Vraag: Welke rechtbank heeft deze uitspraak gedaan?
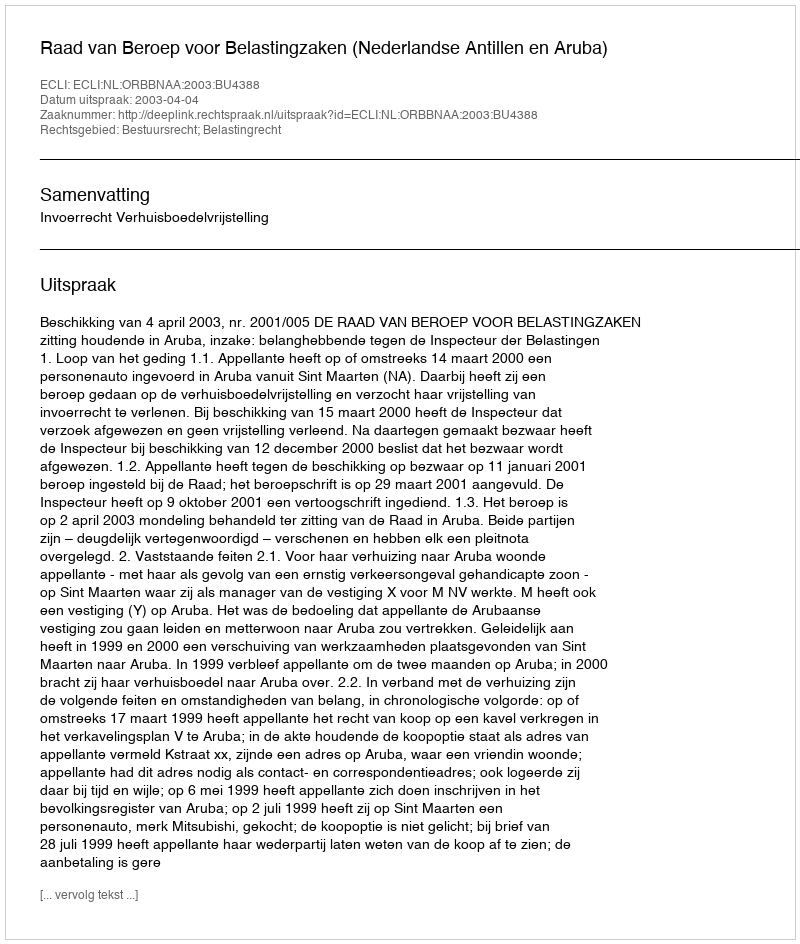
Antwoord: Raad van Beroep voor Belastingzaken (Nederlandse Antillen en Aruba)